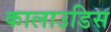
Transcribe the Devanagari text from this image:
कालाउडिस